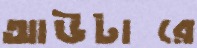
আউটারে